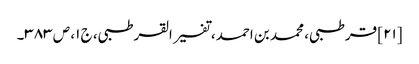
[۲۱] قرطبی، محمد بن احمد، تفسیر القرطبی، ج ۱، ص ۳۸۳۔